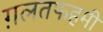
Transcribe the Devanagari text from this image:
ग़लतफहमी